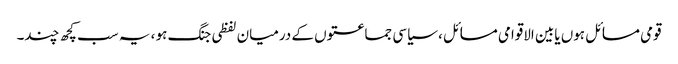
قومی مسائل ہوں یابین الاقوامی مسائل ، سیاسی جماعتوں کے درمیان لفظی جنگ ہو ، یہ سب کچھ چند۔